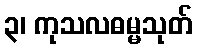
၃၊ ကုသလဓမ္မသုတ်